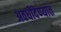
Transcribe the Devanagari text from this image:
अवधीदेण्यात